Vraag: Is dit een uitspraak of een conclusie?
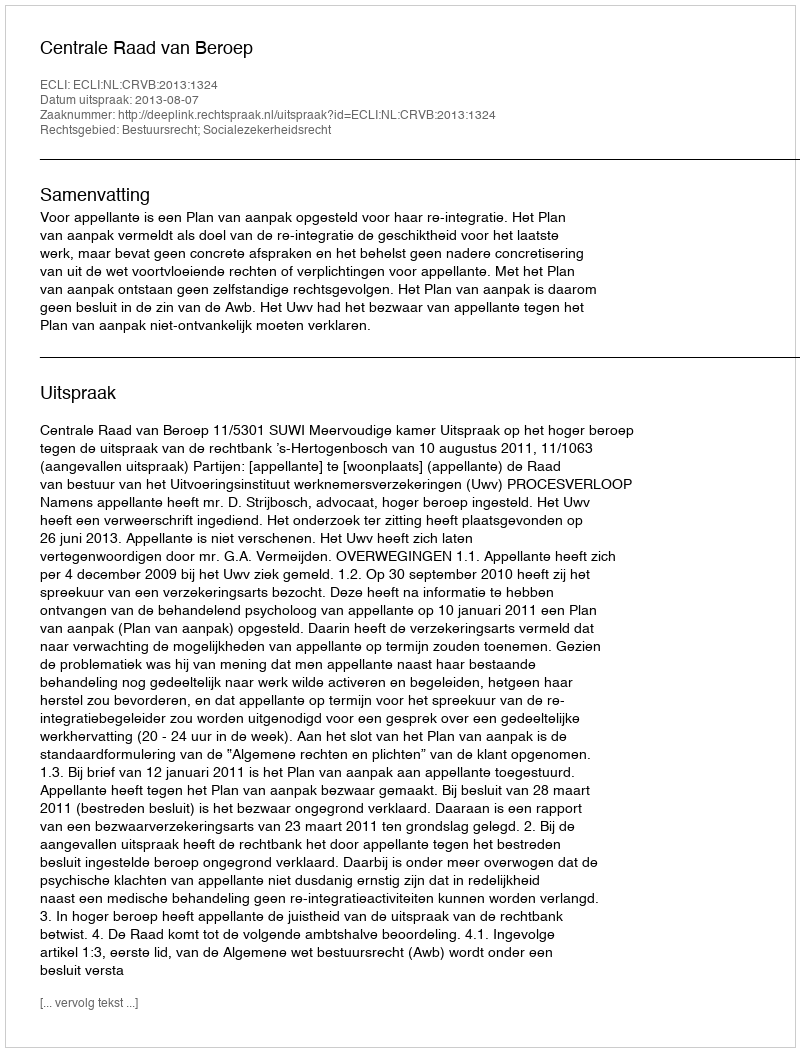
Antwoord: Uitspraak